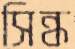
সিন্ধ